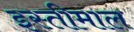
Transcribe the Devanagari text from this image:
इस्तीमाल